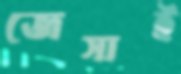
জেসাই